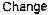
CHANGE